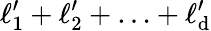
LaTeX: \ell_{1}^{\prime}+\ell_{2}^{\prime}+\ldots+\ell_{\mathrm{d}}^{\prime}